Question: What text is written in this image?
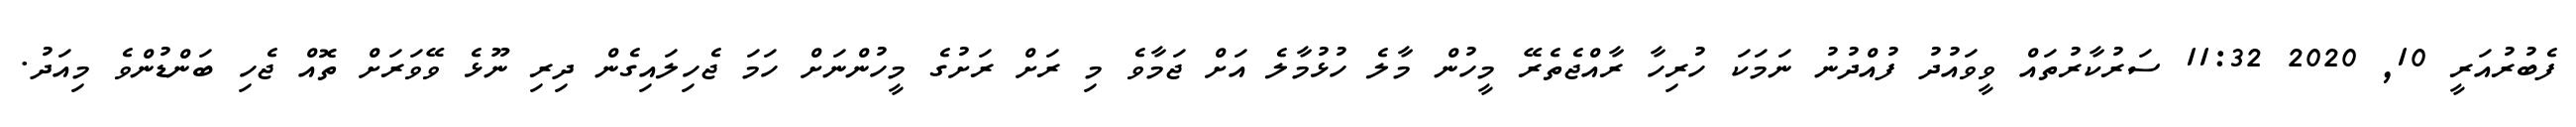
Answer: ފެބުރުއަރީ 10, 2020 11:32 ސަރުކާރުތައް ވީވައުދު ފުއްދުނު ނަމަކަ ހުރިހާ ރާއްޖެތެރޭ މީހުން މާލެ ހުޅުމާލެ އަށް ޖަމާވެ މި ރަށް ރަށުގެ މީހުންނަށް ހަމަ ޖެހިލައިގެން ދިރި ނޫޅެ ވޭވަރަށް ތޮއް ޖެހި ބަންޑުންވެ މިއަދު.